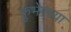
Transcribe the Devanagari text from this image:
कुंभेरच्या